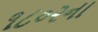
૧૮૦૨ના